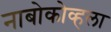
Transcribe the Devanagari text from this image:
नाबोकोव्हला